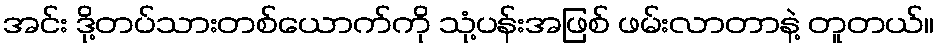
အင်း ဒို့တပ်သားတစ်ယောက်ကို သုံ့ပန်းအဖြစ် ဖမ်းလာတာနဲ့ တူတယ်။